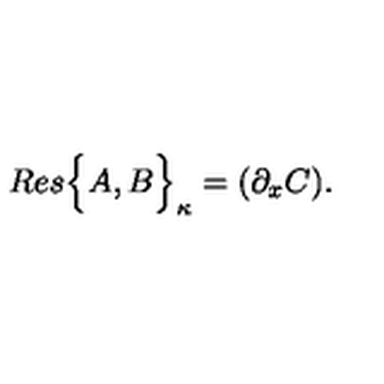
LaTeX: R e s \Big \{ A , B \Big \} _ { \kappa } = ( \partial _ { x } C ) .